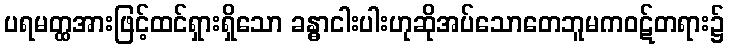
ပရမတ္ထအားဖြင့်ထင်ရှားရှိသော ခန္ဓာငါးပါးဟုဆိုအပ်သောတေဘူမကဝဋ်တရား၌